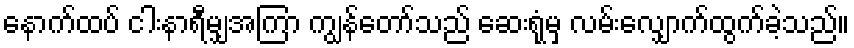
နောက်ထပ် ငါးနာရီမျှအကြာ ကျွန်တော်သည် ဆေးရုံမှ လမ်းလျှောက်ထွက်ခဲ့သည်။